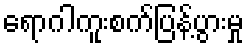
ရောဂါကူးစက်ပြန့်ပွားမှု